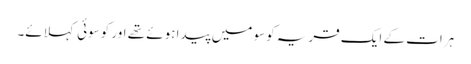
ہرات کے ایک قریہ کوسو میں پیدا ہوئے تھے اور کوسوئی کہلائے۔